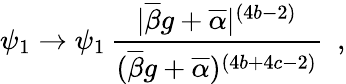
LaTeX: \psi_{1}\rightarrow\psi_{1}\, \frac{|\overline{{{\beta}}}g+\overline{{{\alpha}}}|^{(4b-2)}}{(\overline{{{\beta}}}g+\overline{{{\alpha}}})^{(4b+4c-2)}}~~,